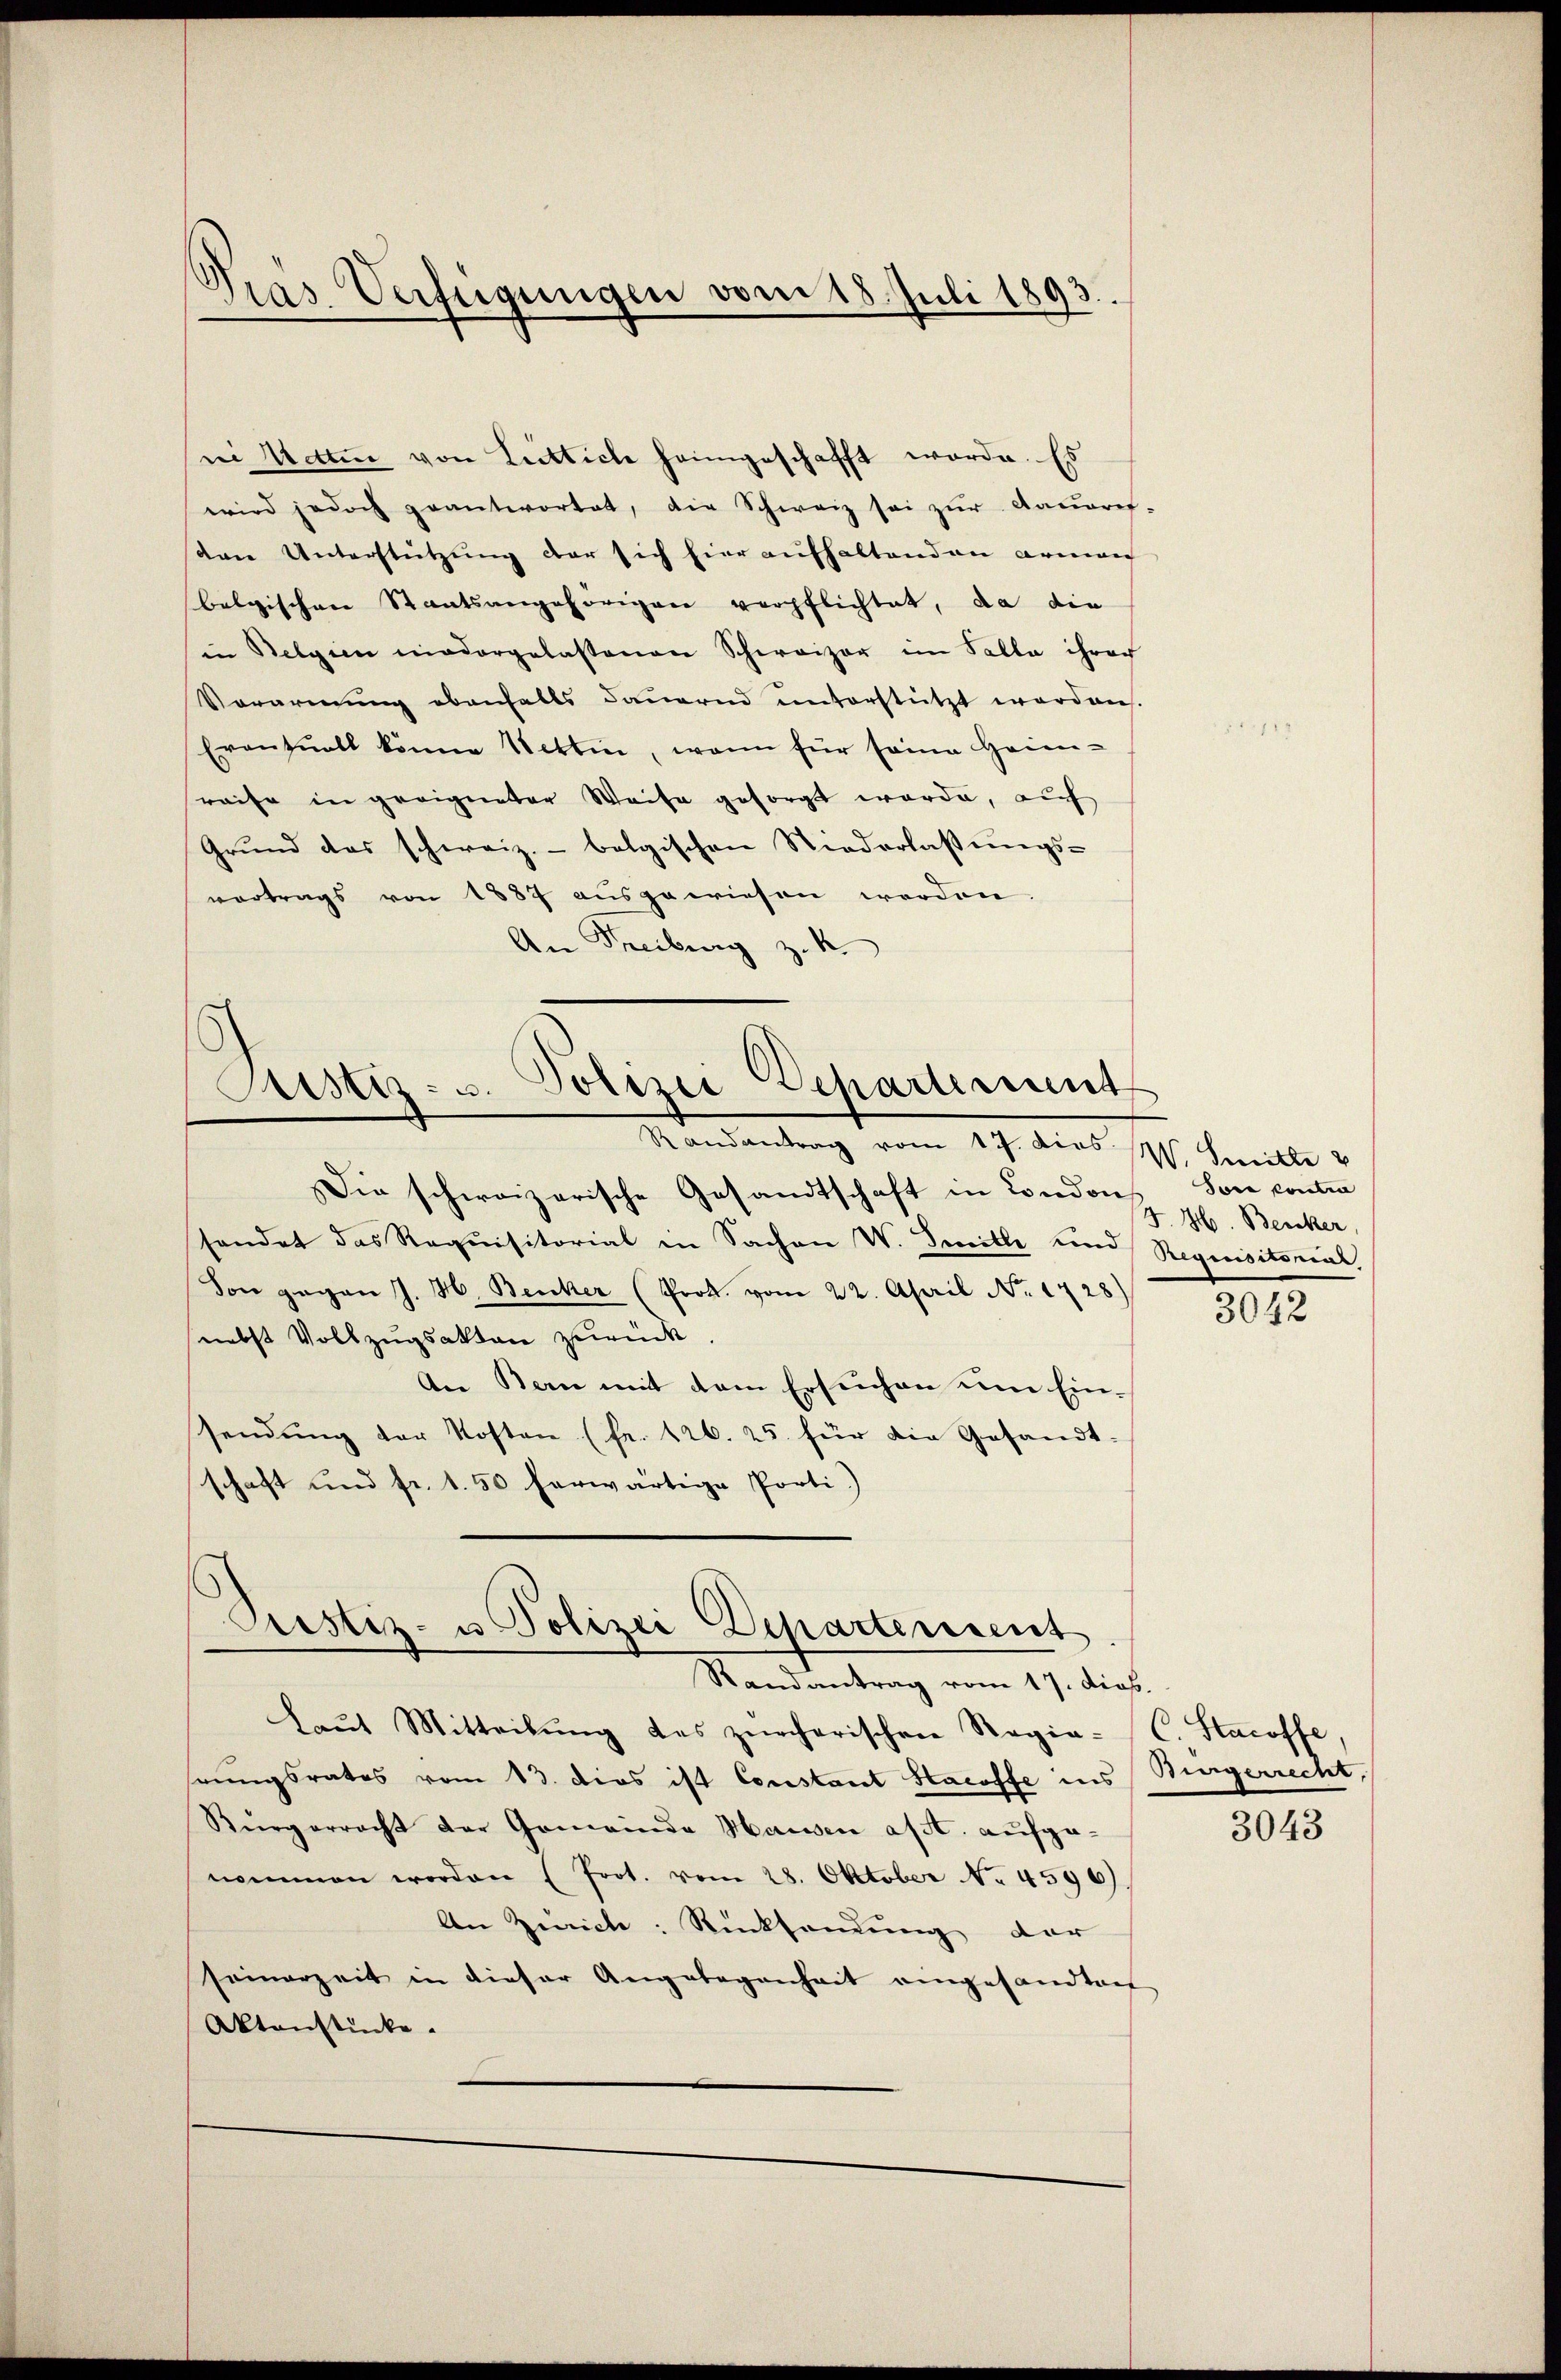
Pras Verfügungen vom 18. Juli 1893.

ni Wetten von Luttich heimgeschafft worde. Es
wird jedoch geantwortet, die Schweiz sei zur Daueres-
sare Unterstützung der sich hier aufhaltenden Armen
belgischen Staatsangehörigen verpflichtet, da die
in Belgien niedergelassenen Schweizer im Falle ihrer
Vorarnung ebenfalls dauernd unterstützt worden.
Eventuell könne Wettin, wenn für seine Heim-
reife in geeigneter Weise gesorgt werde, auf
Grund das schweiz.- belgischen Niederlassungs-
vortrags von 1887 ausgewiesen worden.
An Freiburg z. B.

.
Polizei Departement
Justiz- u.
Randantrag vom 17. dies 8. Heille

Prestiz- u Polizei Departement
Randantrag vom 17. dies

Die schweizerische Gesandtschaft in Credousz gl. Benker
sendet das Requisitorial in Sachen V. Imitle und Requisitorial
Von gegen J. H. Becker (Prok. vom 22. April No 1428)
nebst Vollzugsakten zurück.
An Bern mit dem Ersuchen um Ein-
sendung der Kosten (fr. 126. 25. für die Gesandt-
schaft und fr. 1.50 herwärtige Porti.)

Laut Mitteilung des zürcherischen Regie-
hrungsrates vom 13. dies ist Constant Haroffe ins Bürgerrecht,
Bürgerracht der Gemeinde Haussen a/A. aufgenommen worden (Prot. vom 28. Oktober No 4596)
An Zürich: Rücksendung der
samerzeit in dieser Angelegenheit eingesandten
Aktenstücke.

sore contra

3042

Staroffe,
3043